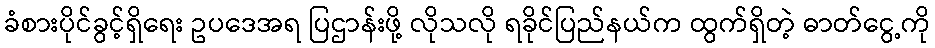
ခံစားပိုင်ခွင့်ရှိရေး ဥပဒေအရ ပြဌာန်းဖို့ လိုသလို ရခိုင်ပြည်နယ်က ထွက်ရှိတဲ့ ဓာတ်ငွေ့ကို